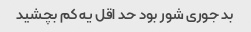
بد جوری شور بود حد اقل یه کم بچشید